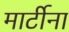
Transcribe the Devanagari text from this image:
मार्टीना